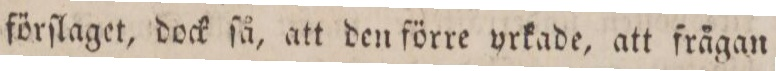
förſlaget, dock ſå, att den förre yrkade, att frågan